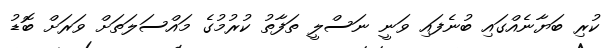
ކުރި ބަޔާނެއްގައި ބުނެފައި ވަނީ ނަސްލީ ތަފާތު ކުރުމުގެ މައްސަލަތަށް ވަރަށް ބޮޑު